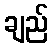
ချည်